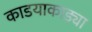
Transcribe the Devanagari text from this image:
काडयाकाड्या